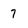
Character: 7